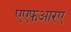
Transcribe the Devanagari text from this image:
एएफआरए